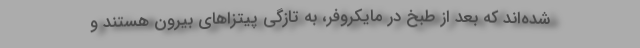
شده‌اند که بعد از طبخ در مایکروفر، به تازگی پیتزاهای بیرون هستند و